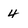
Character: 4